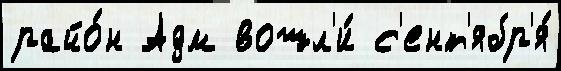
райо́н Адм вошл'и́ с'ент'ябр'я́